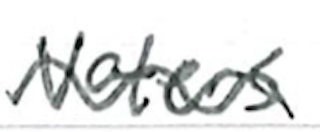
Text: voters
Cross-out: wave
Writing tool: ballpoint